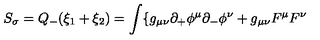
S _ { \sigma } = Q _ { - } ( \xi _ { 1 } + \xi _ { 2 } ) = \int \{ g _ { \mu \nu } \partial _ { + } \phi ^ { \mu } \partial _ { - } \phi ^ { \nu } + g _ { \mu \nu } F ^ { \mu } F ^ { \nu }